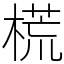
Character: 𣗄